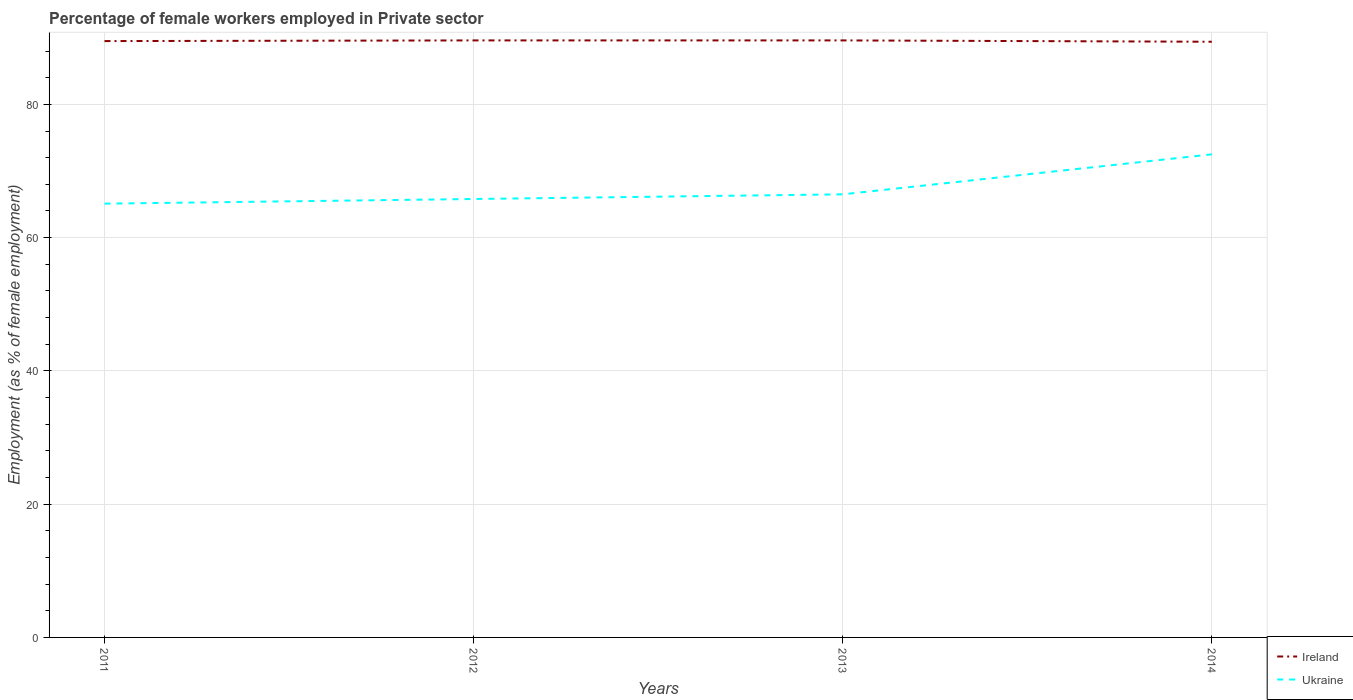
| Years | Ireland | Ukraine |
 | --- | --- | --- |
 | 2011 | 89.5 | 65.1 |
 | 2012 | 89.6 | 65.8 |
 | 2013 | 89.6 | 66.5 |
 | 2014 | 89.4 | 72.5 |